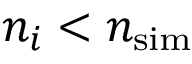
n _ { i } < { \ensuremath { n _ { \mathrm { s i m } } } }